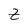
Character: Z